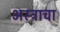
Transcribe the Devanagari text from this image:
अस्त्राचा